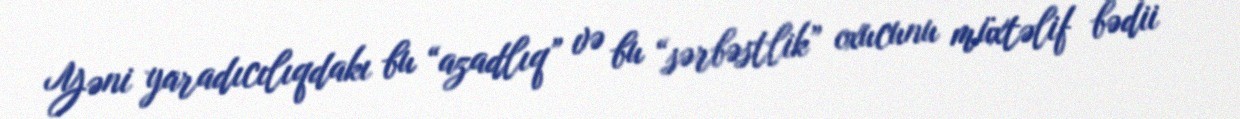
Yəni yaradıcılıqdakı bu “azadlıq” və bu “sərbəstlik” oxucunu müxtəlif bədii